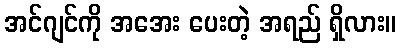
အင်ဂျင်ကို အအေး ပေးတဲ့ အရည် ရှိလား။